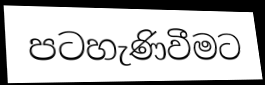
පටහැණිවීමට